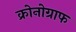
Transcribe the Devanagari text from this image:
क्रोनोग्राफ